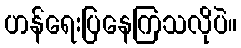
ဟန်ရေးပြနေကြသလိုပဲ။